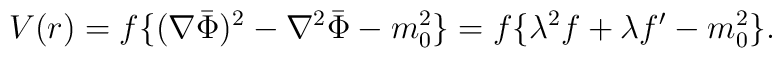
V(r) = f \{(\nabla \bar \Phi)^2  - \nabla^2 \bar \Phi - m_0^2 \} = f\{ \lambda^2 f + \lambda f' - m_0^2\}.